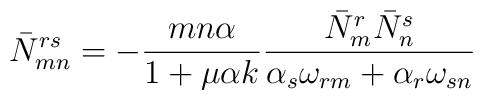
\bar N^{rs}_{mn} = - {mn\alpha \over 1 + \mu \alpha k} {\bar N_m^r\bar N_n^s \over \alpha_s\omega_{rm} + \alpha_r\omega_{sn}}